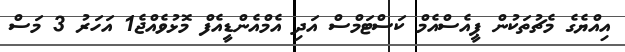
އިއްޔެގެ މެޗުތަކުން ޕީއެސްއެމް ކަސްޓަމްސް އަދި އެމްއެންޑީއެފް މޮޅުވެއްޖެ1 އަހަރު 3 މަސް